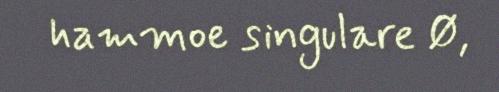
hammoe singulare Ø,